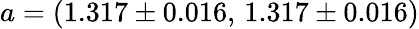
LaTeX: a=(1.317\pm 0.016,\, 1.317\pm 0.016)